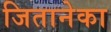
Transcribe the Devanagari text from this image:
जितानेका